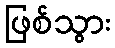
ဖြစ်သွား